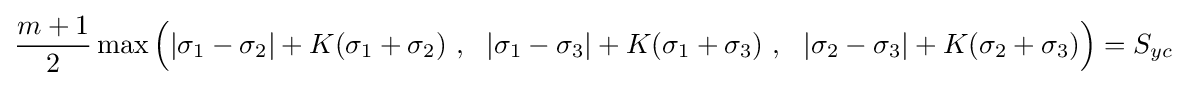
{\frac {m+1}{2}}\max {\Big (}|\sigma _{1}-\sigma _{2}|+K(\sigma _{1}+\sigma _{2})~,~~|\sigma _{1}-\sigma _{3}|+K(\sigma _{1}+\sigma _{3})~,~~|\sigma _{2}-\sigma _{3}|+K(\sigma _{2}+\sigma _{3}){\Big )}=S_{yc}